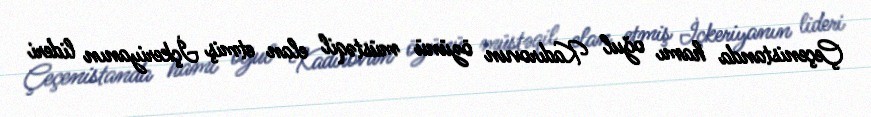
Çeçenistanda hamı oğul Kadırovun özünü müstəqil elan etmiş İçkeriyanın lideri